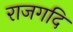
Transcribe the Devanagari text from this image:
राजगदि